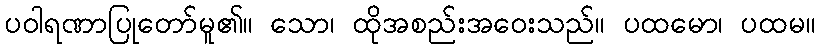
ပဝါရဏာပြုတော်မူ၏။ သော၊ ထိုအစည်းအဝေးသည်။ ပထမော၊ ပထမ။